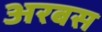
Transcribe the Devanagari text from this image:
अरबस